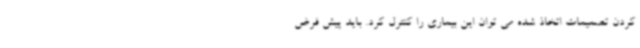
کردن تصمیمات اتخاذ شده می توان این بیماری را کنترل کرد. باید پیش فرض